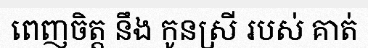
ពេញចិត្ត នឹង កូនស្រី របស់ គាត់